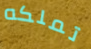
تملكه